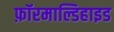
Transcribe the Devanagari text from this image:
फ़ॉरमाल्डिहाइड